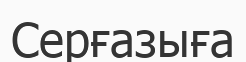
Серғазыға